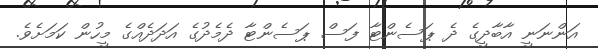
އަންނަނީ އާބާދީގެ ދެ ޕަސެންޓާ ފަސް ޕަސެންޓާ ދެމެދުގެ އަދަދެއްގެ މީހުން ކަމަށެވެ.